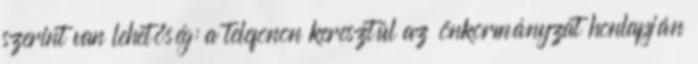
szerint van lehetőség: a telefonon keresztül az önkormányzat honlapján